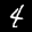
Label: 4